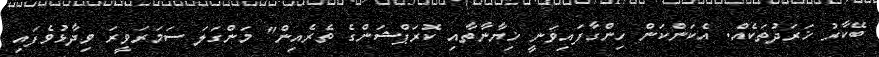
ބޭކާރު ޚަރަދުތަކެއް. އެކަންކަން ހިންގާފައިވަނީ ޚިޔާނާތާއި ކޮރަޕްޝަންގެ ތެރެއިން" މަންގަލަ ސަމަރަވީރަ ވިދާޅުވެފައި